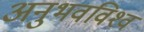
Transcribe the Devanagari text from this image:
अनुभवविश्‍व